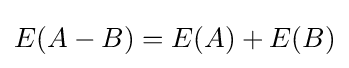
E(A-B)=E(A)+E(B)